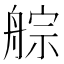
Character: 䑸